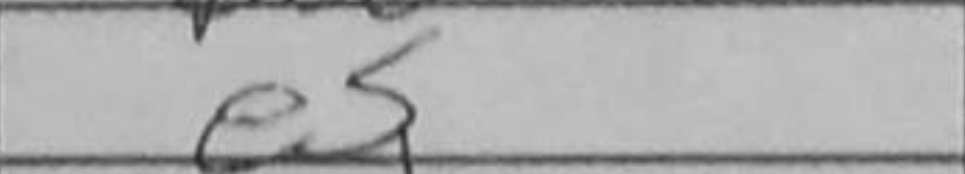
Transcription: e5